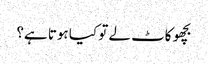
بچھو کاٹ لے تو کیا ہوتا ہے؟